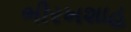
ભીરખશાહ